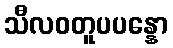
သီလဝတူပပန္နော